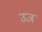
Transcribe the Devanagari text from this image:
उज